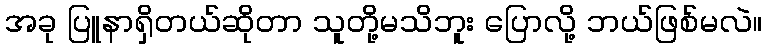
အခု ပြူနာရှိတယ်ဆိုတာ သူတို့မသိဘူး ပြောလို့ ဘယ်ဖြစ်မလဲ။